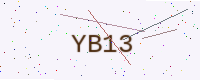
Text: YB13